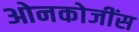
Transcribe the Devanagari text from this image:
ओनकोजींस